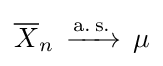
\displaystyle {\overline {X}}_{n}\,\xrightarrow {\mathrm {a.\,s.} } \,\mu